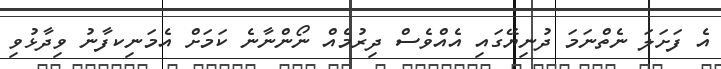
އެ ފަށަލަ ނެތްނަމަ ދުނިޔޭގައި އެއްވެސް ދިރުމެއް ނޯންނާނެ ކަމަށް އެމަނިކފާނު ވިދާޅުވި